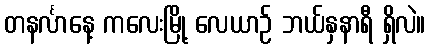
တနင်္လာနေ့ ကလေးမြို့ လေယာဉ် ဘယ်နှနာရီ ရှိလဲ။